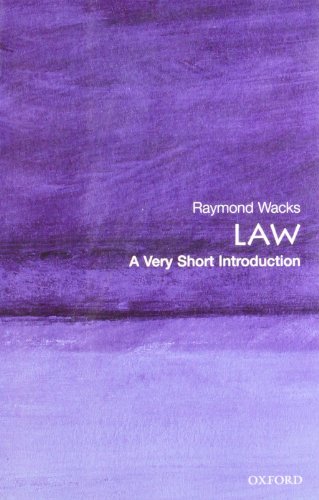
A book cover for Law: A Very Short Introduction; Raymond Wacks; Law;